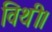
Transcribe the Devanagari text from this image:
विथी।